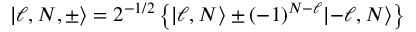
\lvert \ell , N , \pm \rangle = 2 ^ { - 1 / 2 } \left\{ \lvert \ell , N \rangle \pm ( - 1 ) ^ { N - \ell } \lvert - \ell , N \rangle \right\}